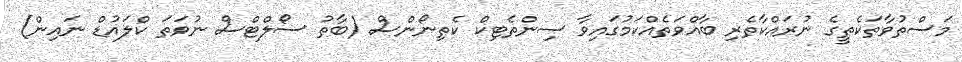
މަސްތުވާތަކެތީގެ ނުރައްކާތެރި ބާއްވަތެއްކަމުގައިވާ ސިންތެޓިކް ކެތިނޯންސް (ބާތު ސޯލްޓްސް ނުވަތަ ކްލައުޑް ނައިން)